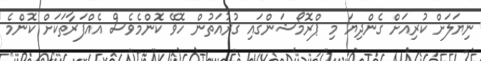
ނިޔަލަށް ކުރިއަށް ގެންދިޔަ މި ޕްރޮމޯޝަންގައި ގުރުއަތުން ހޮވޭ ކޮންމެވެސް އެއްފަރާތަކަށް ކޮންމެ